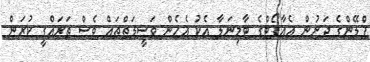
ޕްލޭންގެ ދަށުން އެއާޕޯޓްގެ ޓާމިނަލާ އެކު އެހެން ވަސީލަތްތައް ވެސް ތަރައްގީ ކުރަން